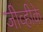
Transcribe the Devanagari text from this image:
जीव्हीके